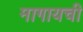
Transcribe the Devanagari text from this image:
मागायची